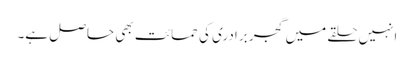
انہیں حلقے میں گجر برادری کی حمائت بھی حاصل ہے۔